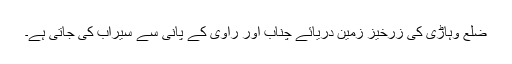
ضلع وہاڑی کی زرخیز زمین دریائے چناب اور راوی کے پانی سے سیراب کی جاتی ہے۔